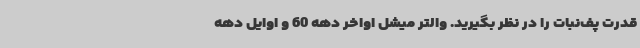
قدرت پف‌نبات را در نظر بگیرید. والتر میشل اواخر دهه 60 و اوایل دهه